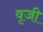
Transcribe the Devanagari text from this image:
वृजी